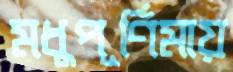
মধুপূর্ণিমায়